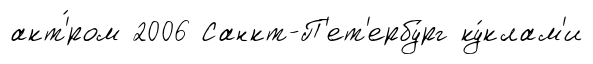
акт'́ром 2006 Санкт-П'ет'ербу́рг ку́клам'и